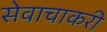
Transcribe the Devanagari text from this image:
सेवाचाकरी